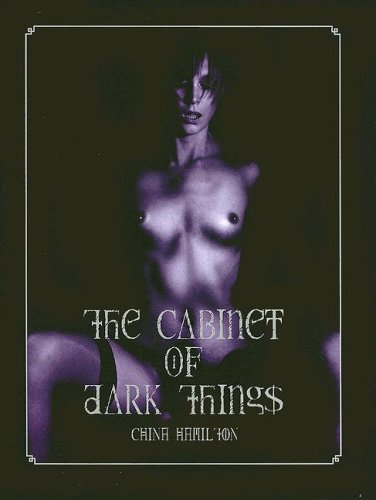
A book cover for The Cabinet of Dark Things; China Hamilton; Arts & Photography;